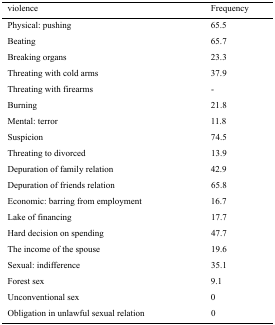
<table><thead><tr><td><b>violence</b></td><td><b>Frequency</b></td></tr></thead><tbody><tr><td>Physical: pushing</td><td>65.5</td></tr><tr><td>Beating</td><td>65.7</td></tr><tr><td>Breaking organs</td><td>23.3</td></tr><tr><td>Threating with cold arms</td><td>37.9</td></tr><tr><td>Threating with firearms</td><td>-</td></tr><tr><td>Burning</td><td>21.8</td></tr><tr><td>Mental: terror</td><td>11.8</td></tr><tr><td>Suspicion</td><td>74.5</td></tr><tr><td>Threating to divorced</td><td>13.9</td></tr><tr><td>Depuration of family relation</td><td>42.9</td></tr><tr><td>Depuration of friends relation</td><td>65.8</td></tr><tr><td>Economic: barring from employment</td><td>16.7</td></tr><tr><td>Lake of financing</td><td>17.7</td></tr><tr><td>Hard decision on spending</td><td>47.7</td></tr><tr><td>The income of the spouse</td><td>19.6</td></tr><tr><td>Sexual: indifference</td><td>35.1</td></tr><tr><td>Forest sex</td><td>9.1</td></tr><tr><td>Unconventional sex</td><td>0</td></tr><tr><td>Obligation in unlawful sexual relation</td><td>0</td></tr></tbody></table>